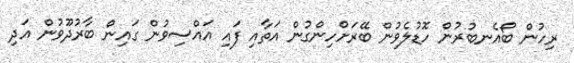
ރިހުން ބޯއެނބުރުން ހޮޑުލެވުން ބޭރަށްހިންގުން އަތާއި ފައި އައްސިވުން ގައިން ބާރުދޫވުން އަދި